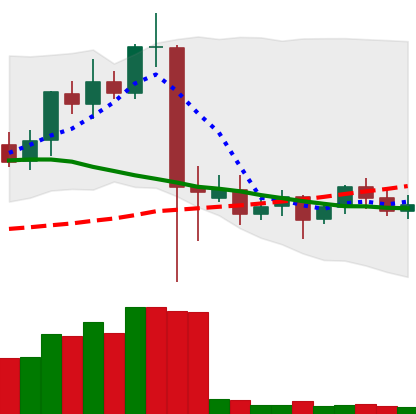
Ticker: ETC-USD
Chart end date: 2021-09-18
Forward return: -10.304%
Label: down_7plus